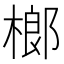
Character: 榔